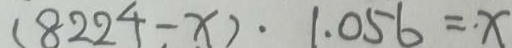
( 8 2 2 4 - x ) . 1 . 0 5 6 = x